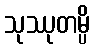
သုဿုတမ္ပိ